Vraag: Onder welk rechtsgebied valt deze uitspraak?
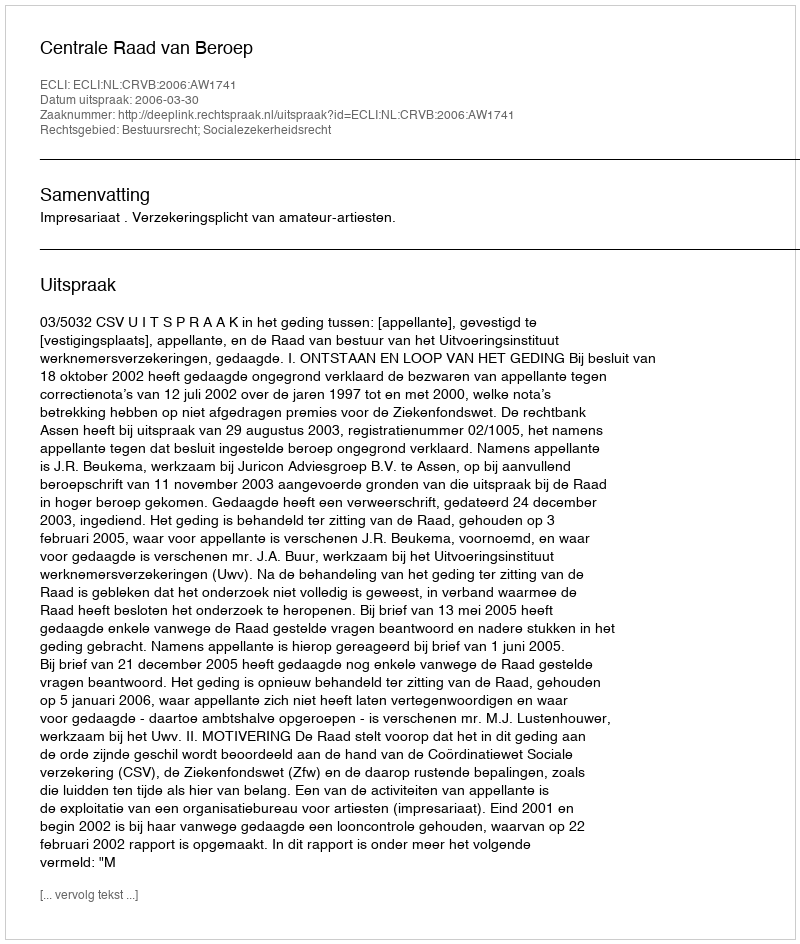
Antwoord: Bestuursrecht; Socialezekerheidsrecht